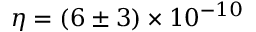
\eta = \left( 6 \pm 3 \right) \times 1 0 ^ { - 1 0 }